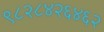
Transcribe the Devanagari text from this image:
९८२८४२६४६२